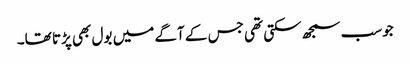
جوسب سمجھ سکتی تھی جس کے آگے میں بول بھی پڑتا تھا۔